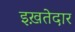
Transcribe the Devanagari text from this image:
इख़तेदार